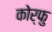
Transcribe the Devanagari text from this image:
कोर्फु